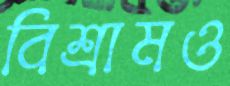
বিশ্রামও